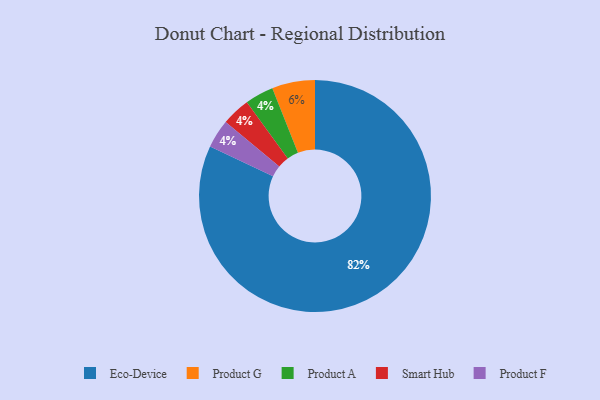
{"axis": {"x": "Category", "y": "Percentage"}, "legend": ["Eco-Device", "Product A", "Product F", "Product G", "Smart Hub"], "data": [{"x": "Eco-Device", "y": 82, "type": "Eco-Device"}, {"x": "Product A", "y": 4, "type": "Product A"}, {"x": "Smart Hub", "y": 4, "type": "Smart Hub"}, {"x": "Product G", "y": 6, "type": "Product G"}, {"x": "Product F", "y": 4, "type": "Product F"}]}